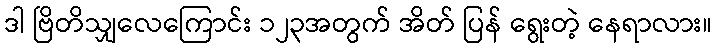
ဒါ ဗြိတိသျှလေကြောင်း ၁၂၃အတွက် အိတ် ပြန် ရွေးတဲ့ နေရာလား။